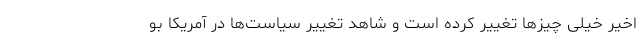
اخیر خیلی چیزها تغییر کرده است و شاهد تغییر سیاست‌ها در آمریکا بو